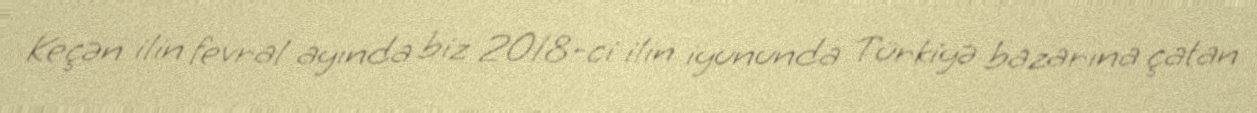
Keçən ilin fevral ayında biz 2018-ci ilin iyununda Türkiyə bazarına çatan